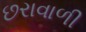
છરાવાળી